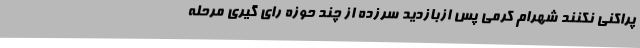
‌پراکنی نکنند شهرام کرمی پس ازبازدید سرزده از چند حوزه رای گیری مرحله